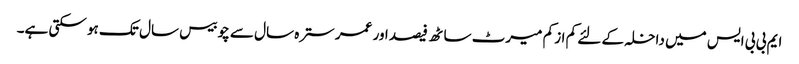
ایم بی بی ایس میں داخلہ کے لئے کم از کم میرٹ ساٹھ فیصد اور عمر سترہ سال سے چوبیس سال تک ہو سکتی ہے۔